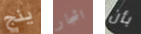
ينج اشجار بأن